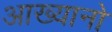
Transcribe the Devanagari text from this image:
आख्यानो